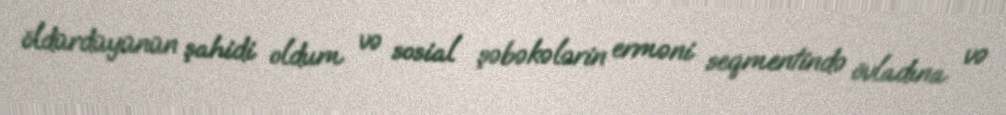
öldürdüyünün şahidi oldum və sosial şəbəkələrin erməni seqmentində övladına və